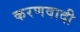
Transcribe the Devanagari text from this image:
करणवादी